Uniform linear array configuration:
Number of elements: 4
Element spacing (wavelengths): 1
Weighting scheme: cosine
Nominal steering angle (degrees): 30
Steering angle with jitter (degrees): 30.315
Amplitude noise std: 0.05
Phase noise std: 0.05

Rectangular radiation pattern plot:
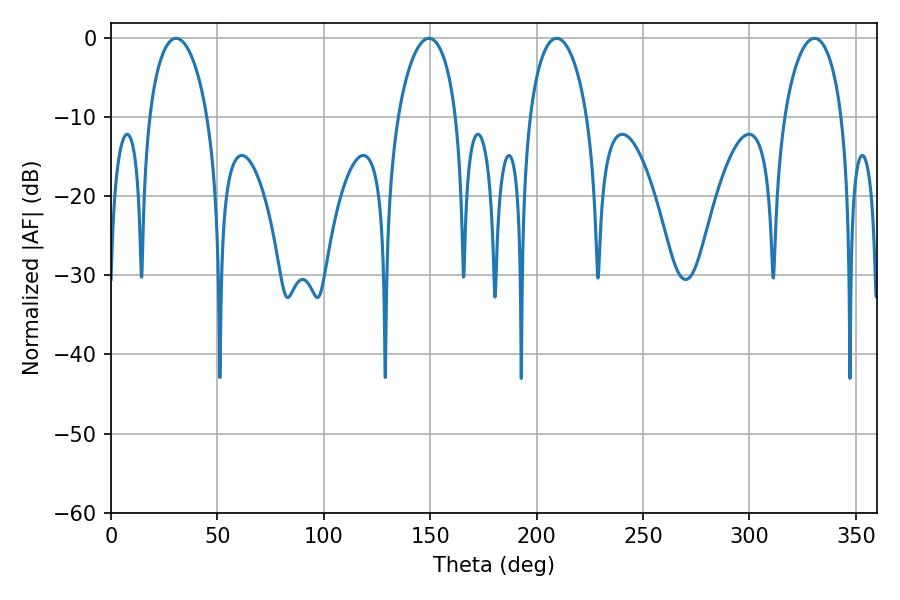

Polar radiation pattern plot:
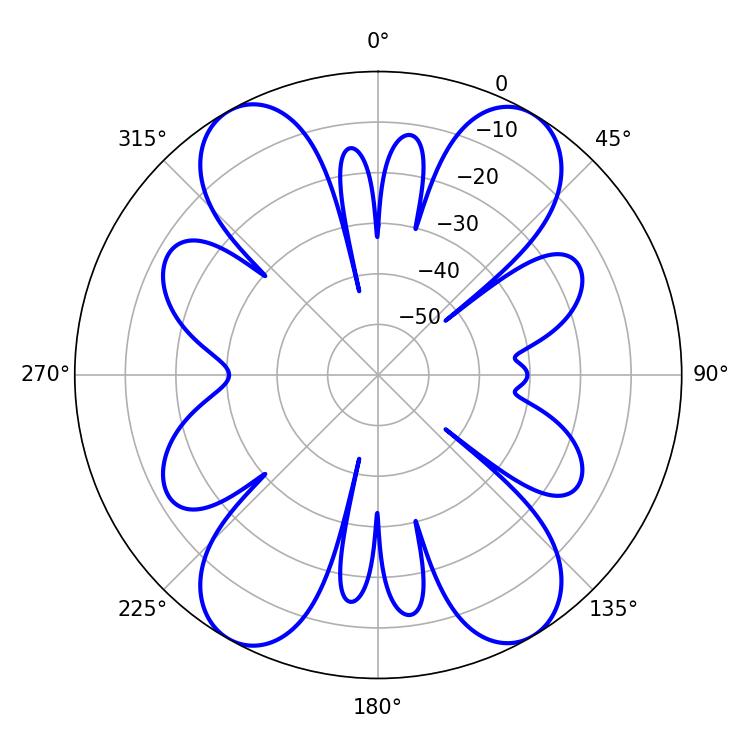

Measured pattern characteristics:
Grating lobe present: TRUE
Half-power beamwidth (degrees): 15.66
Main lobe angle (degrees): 30.6